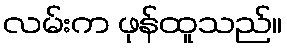
လမ်းက ဖုန်ထူသည်။